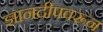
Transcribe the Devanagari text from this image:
ज्ञानदीपवरून